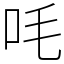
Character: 㕰